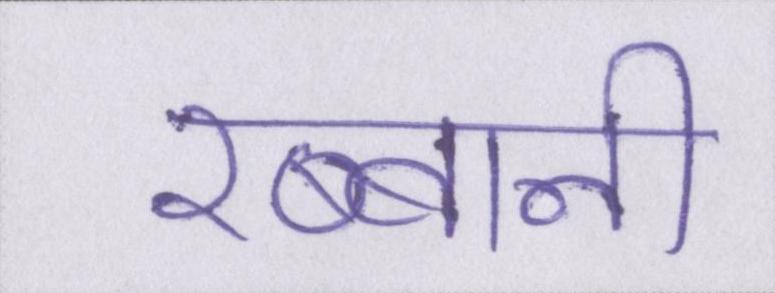
रब्बानी